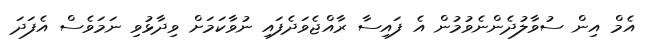
އެމް އިން ސުވާލުދެންނެވުމުން އެ ފައިސާ ރާއްޖެވަދެފައި ނުވާކަމަށް ވިދާޅުވި ނަމަވެސް އެފަދަ